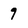
Character: 9